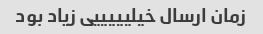
زمان ارسال خیلیییییی زیاد بود